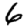
Digit: 6